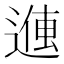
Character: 𬨽